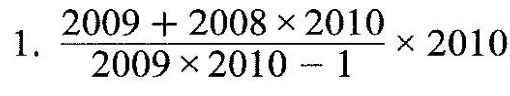
1. $$\frac { 2 0 0 9 + 2 0 0 8 \times